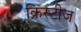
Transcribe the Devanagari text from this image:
क्रिस्टीज